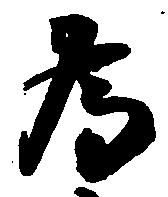
為